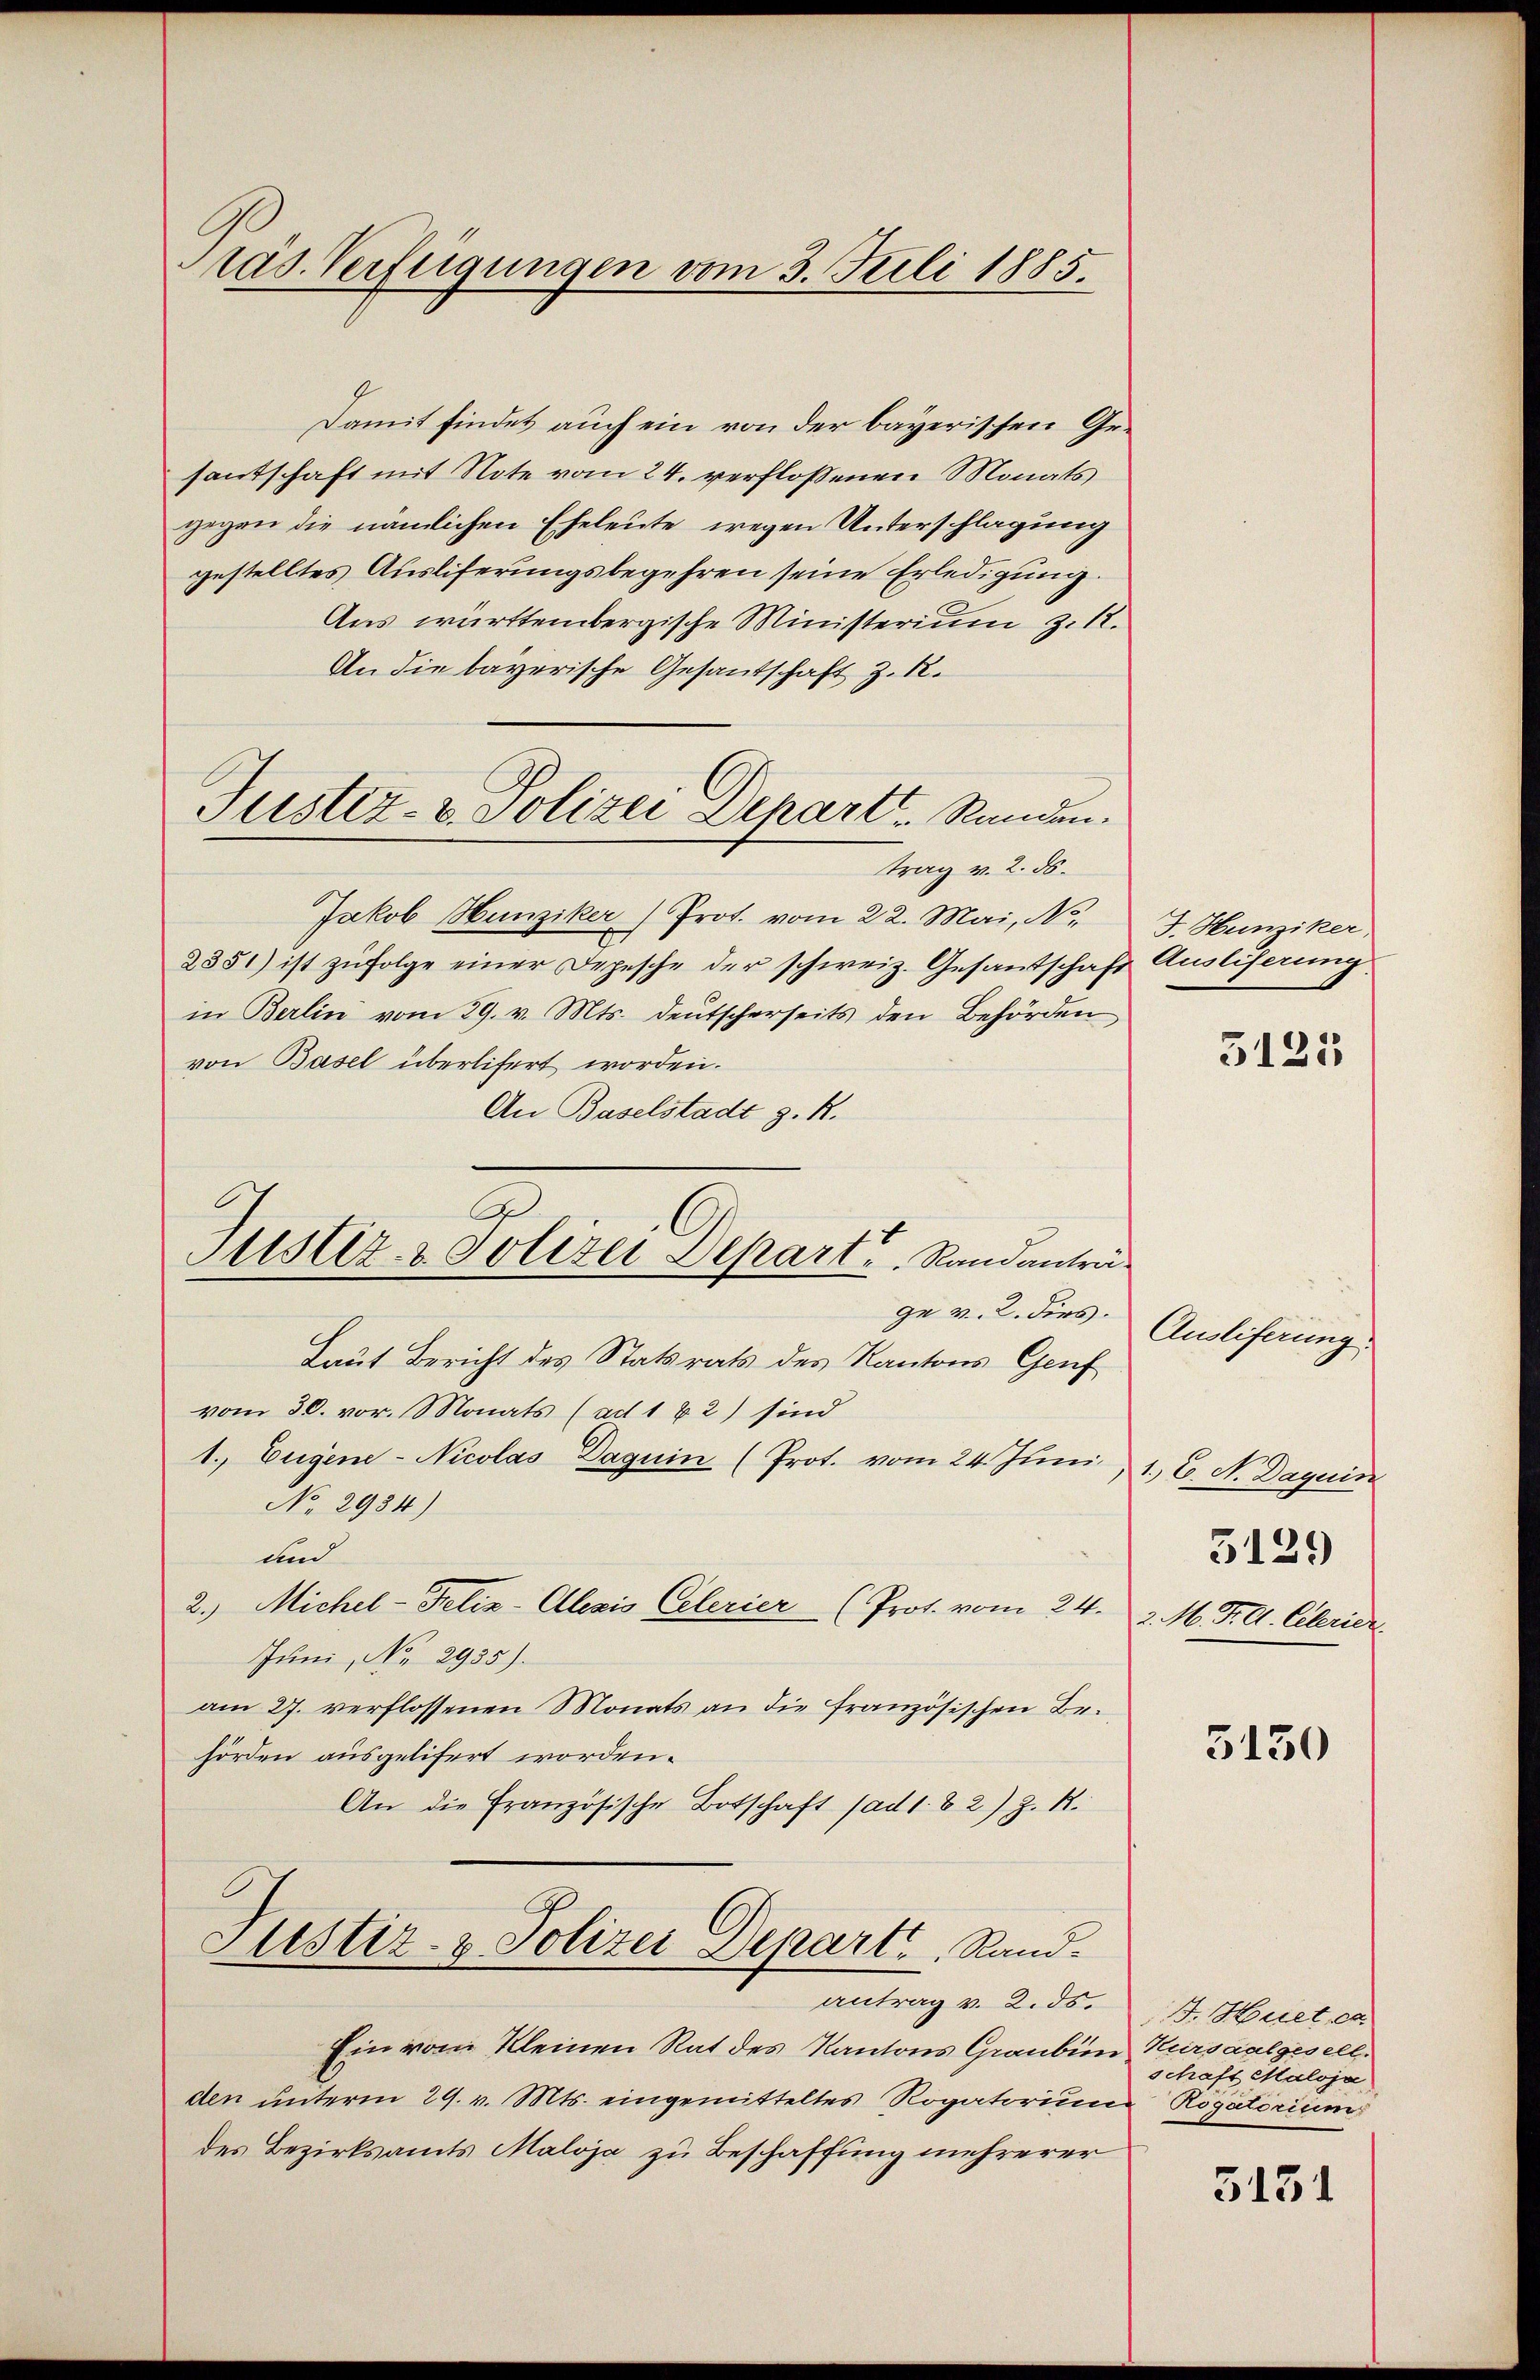
räs. Verfügungen vom 3. Juli 1885.

Damit findet auch ein von der bayerischen Gesantschaft mit Note vom 24. verflossenen Monats
gegen die nämlichen Eheleute wegen Unterschlagung
gestelltes Auslieferungsbegehren seine Erledigung.
Aus württembergische Ministerium z. R.
An die bayerische Gesandtschaft z. R.
trag v. 2. ds.
Jakob Hunziker (Prot. vom 22. Mai, No.
2851) ist zufolge einer Depesche der schweiz. Gesandschaft Ausliserung
in Berlin vom 29. v. Mts. deŭtscherseits den Behörden,
von Basel überlifert worden.
An Baselstadt z. R.
A
Justiz- & Polizei Depart u. Randanträge v. 2. dies.
Laut Bericht des Statsrats des Kantons Genf
vom 30. vor. Monats (ad 1 & 2) sind
1. Eugene-Nicolas Daquin (Prot. vom 24. Juni 1., E. N. Daquin
No 2984)
und
2.) Michel-Felix-Alezis Celerier (Prot. vom 24. 2. M. T. d. Clerier
Juni, No 2935).
am 27. verflossenen Monats an die französischen Behörden ausgelifert worden.
An die Französische Botschaft (ad 1.82) z. R.

Justiz- & Polizei Depart. Stunden.

Justiz- & Polizei Departe Rand.

antrag v. 2. ds.
Ein vom Kleinen Rat des Kantons Graubien Kursaalgesellden unterm 29. v. Mts. eingemitteltes Rogatorium Rogatorium
des Bezirksamts Maloja zu Beschaffung mehrerer

J. Hunziker,

5125

Auslieferung.

3129

3130

B. Huet ca
schaft Maloja

5131